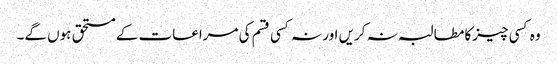
وہ کسی چیزکا مطالبہ نہ کریں اور نہ کسی قسم کی مراعات کے مستحق ہوں گے۔